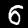
Digit: 6